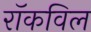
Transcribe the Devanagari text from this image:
रॉकविल